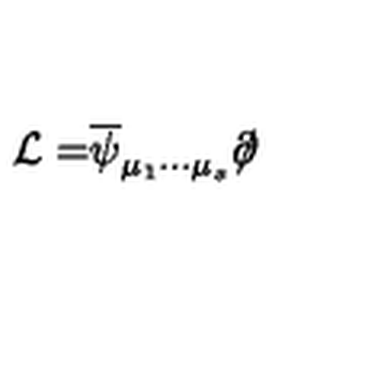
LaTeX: { \cal L = } \overline { { \psi } } _ { \mu _ { 1 } \cdots \mu _ { s } } \partial \! \! \! \slash